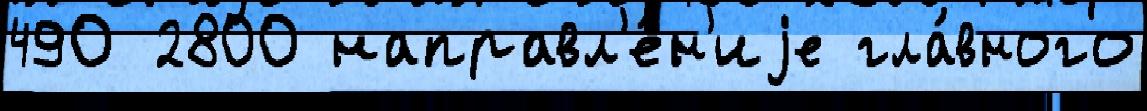
490 2800 направл'е́н'иjе гла́вного